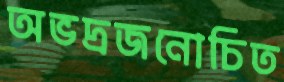
অভদ্রজনোচিত